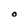
Character: O